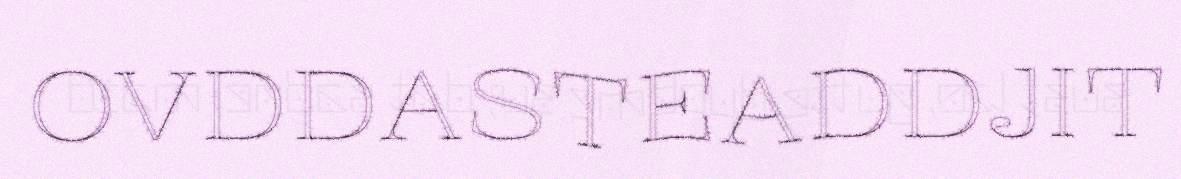
OVDDASTEADDJIT